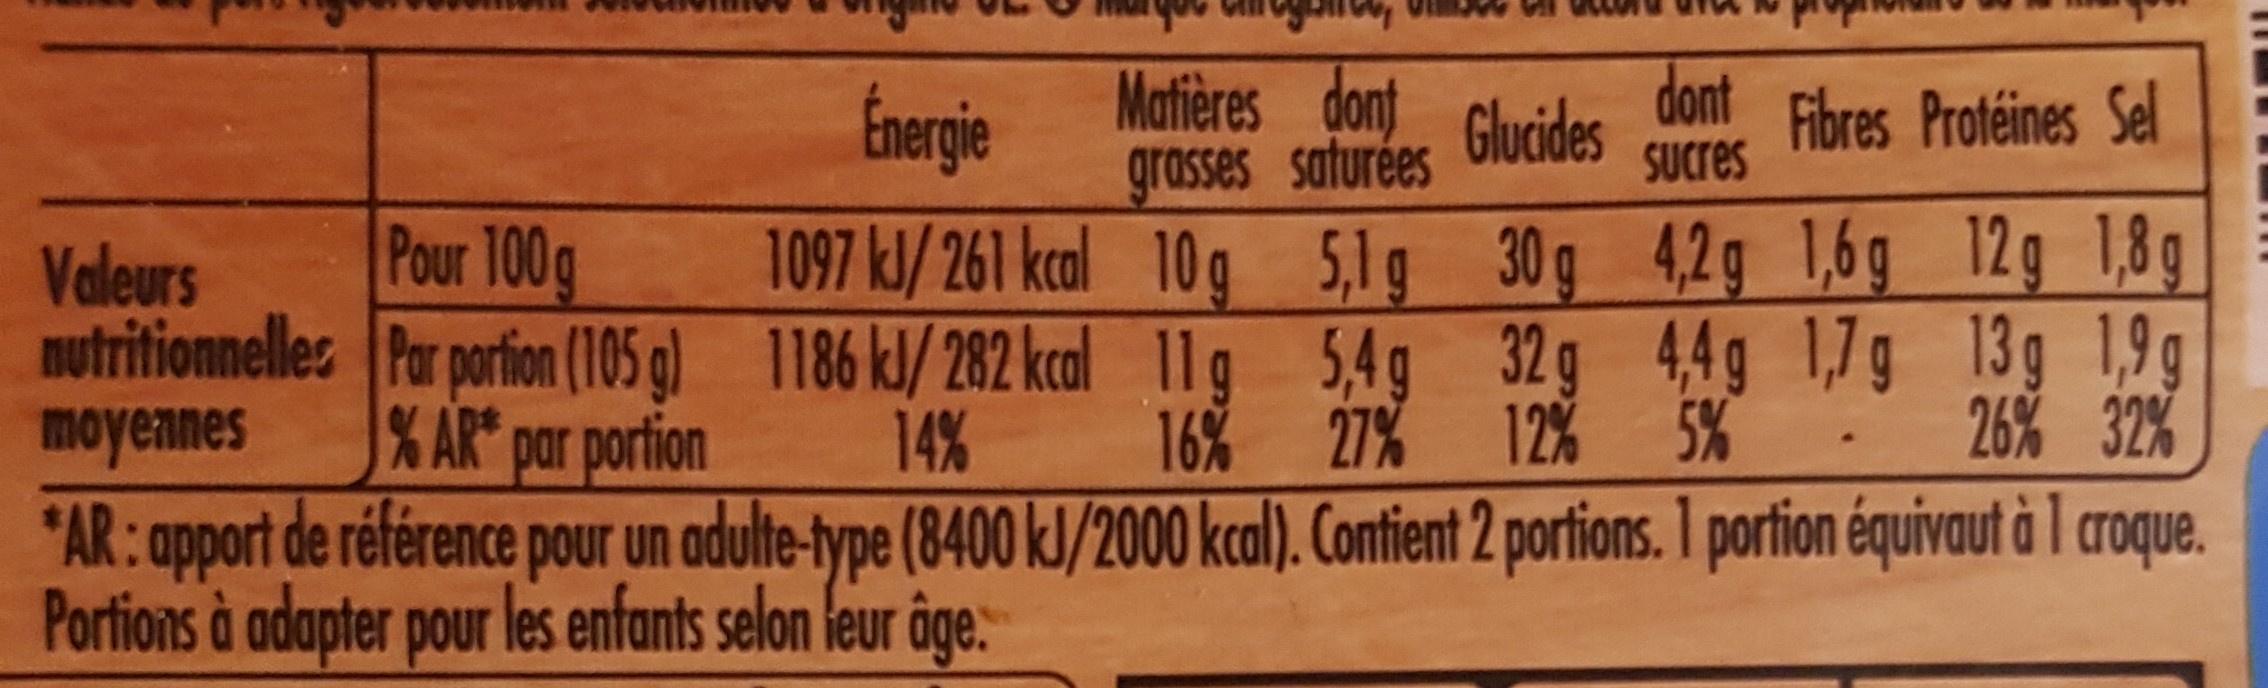
Energie
Matières dont grasses saturées
dont Glucides
Fibres Protéines Sel SUCres
1097 kl/ 261 kcal 10g 5,1g nutritionnelles Par porfion (105 g) 1186 kJ/ 282 kcal 11g 5,4g 32g 44g 1,7g 13g 1,9g
Valeurs
Pour 100g
30g 4,2g 1,6g 12g 1,8g
moyennes
AR par portion
14%
16% 27%
12% 5%
26% 32%
*AR: apport de référence pour un adulte-type (8400 kJ/2000 kcal). Contient 2 portions. 1 portion équivaut à 1 croque.
Portions à adapter pour les enfants selon leur âge.